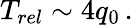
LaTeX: T_{rel}\sim 4q_{0}\, .